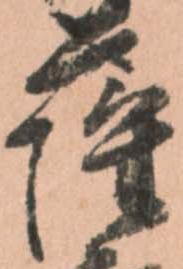
薩